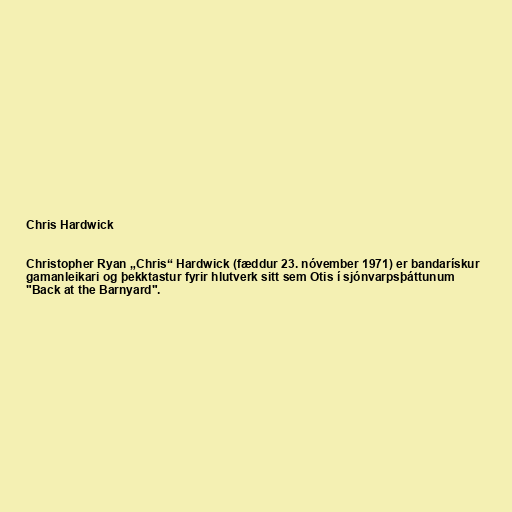
Chris Hardwick

Christopher Ryan „Chris“ Hardwick (fæddur 23. nóvember 1971) er bandarískur
gamanleikari og þekktastur fyrir hlutverk sitt sem Otis í sjónvarpsþáttunum
"Back at the Barnyard".